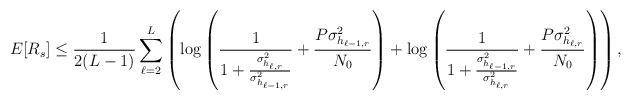
LaTeX: \begin{align*}E[R_s]\leq\frac{1}{2(L-1)}\sum_{\ell=2}^{L}\left(\log\left(\frac{1}{1+\frac{\sigma^2_{h_{\ell,r}}}{\sigma^2_{h_{\ell-1,r}}}}+\frac{P\sigma^2_{h_{\ell-1,r}}}{N_0}\right)+\log\left(\frac{1}{1+\frac{\sigma^2_{h_{\ell-1,r}}}{\sigma^2_{h_{\ell,r}}}}+\frac{P\sigma^2_{h_{\ell,r}}}{N_0}\right)\right),\end{align*}